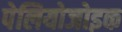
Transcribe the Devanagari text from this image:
पेलियोजोइक